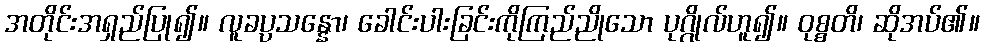
အတိုင်းအရှည်ပြု၍။ လူခပ္ပသန္နော၊ ခေါင်းပါးခြင်းကိုကြည်ညိုသော ပုဂ္ဂိုလ်ဟူ၍။ ဝုစ္စတိ၊ ဆိုအပ်၏။